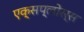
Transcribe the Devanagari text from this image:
एक्सप्लोरर्स